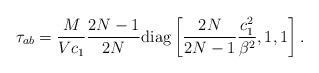
\begin{align*}\tau_{ab}=\frac{M}{Vc_1}\frac{2N-1}{2N} {\rm diag}\left [\frac{2N}{2N-1}\frac{c_1^2}{\beta^2}, 1,1\right].\end{align*}